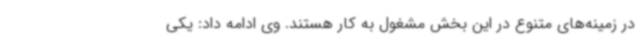
در زمینه‌های متنوع در این بخش مشغول به کار هستند. وی ادامه داد: یکی